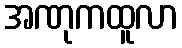
အဏုကထူလာ